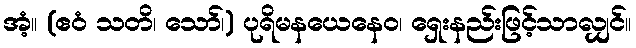
အံ့။ (ဧဝံ သတိ၊ သော်၊) ပုရိမနယေနေဝ၊ ရှေးနည်းဖြင့်သာလျှင်။